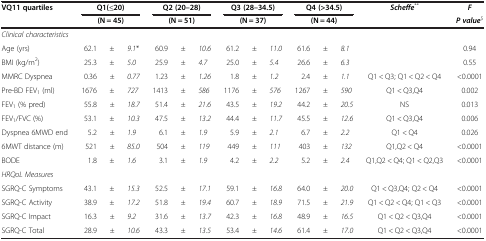
<table><thead><tr><td><b>VQ11 quartiles</b></td><td colspan="3"><b>Q1(≤20)</b></td><td colspan="3"><b>Q2 (20–28)</b></td><td colspan="3"><b>Q3 (28–34.5)</b></td><td colspan="3"><b>Q4 (&gt;34.5)</b></td><td><b><i>Scheffe</i><sup>**</sup></b></td><td><b><i>F</i></b></td></tr><tr><td><b> </b></td><td colspan="3"><b>(N = 45)</b></td><td colspan="3"><b>(N = 51)</b></td><td colspan="3"><b>(N = 37)</b></td><td colspan="3"><b>(N = 44)</b></td><td><b> </b></td><td><b><i>P value</i><sup>$</sup></b></td></tr></thead><tbody><tr><td><i>Clinical characteristics</i></td><td> </td><td> </td><td> </td><td> </td><td> </td><td> </td><td> </td><td> </td><td> </td><td> </td><td> </td><td> </td><td> </td><td> </td></tr><tr><td>Age (yrs)</td><td>62.1</td><td>±</td><td><i>9.1</i>*</td><td>60.9</td><td>±</td><td><i>10.6</i></td><td>61.2</td><td>±</td><td><i>11.0</i></td><td>61.6</td><td>±</td><td><i>8.1</i></td><td> </td><td>0.94</td></tr><tr><td>BMI (kg/m<sup>2</sup>)</td><td>25.3</td><td>±</td><td><i>5.0</i></td><td>25.9</td><td>±</td><td><i>4.7</i></td><td>25.0</td><td>±</td><td><i>5.4</i></td><td>26.6</td><td>±</td><td><i>6.3</i></td><td> </td><td>0.55</td></tr><tr><td>MMRC Dyspnea</td><td>0.36</td><td>±</td><td><i>0.77</i></td><td>1.23</td><td>±</td><td><i>1.26</i></td><td>1.8</td><td>±</td><td><i>1.2</i></td><td>2.4</td><td>±</td><td><i>1.1</i></td><td>Q1 &lt; Q3; Q1 &lt; Q2 &lt; Q4</td><td>&lt;0.0001</td></tr><tr><td>Pre-BD FEV<sub>1</sub> (ml)</td><td>1676</td><td>±</td><td><i>727</i></td><td>1413</td><td>±</td><td><i>586</i></td><td>1176</td><td>±</td><td><i>576</i></td><td>1267</td><td>±</td><td><i>590</i></td><td>Q1 &lt; Q3,Q4</td><td>0.002</td></tr><tr><td>FEV<sub>1</sub> (% pred)</td><td>55.8</td><td>±</td><td><i>18.7</i></td><td>51.4</td><td>±</td><td><i>21.6</i></td><td>43.5</td><td>±</td><td><i>19.2</i></td><td>44.2</td><td>±</td><td><i>20.5</i></td><td>NS</td><td>0.013</td></tr><tr><td>FEV<sub>1</sub>/FVC (%)</td><td>53.1</td><td>±</td><td><i>10.3</i></td><td>47.5</td><td>±</td><td><i>13.2</i></td><td>44.4</td><td>±</td><td><i>11.7</i></td><td>45.5</td><td>±</td><td><i>12.6</i></td><td>Q1 &lt; Q3,Q4</td><td>0.006</td></tr><tr><td>Dyspnea 6MWD end</td><td>5.2</td><td>±</td><td><i>1.9</i></td><td>6.1</td><td>±</td><td><i>1.9</i></td><td>5.9</td><td>±</td><td><i>2.1</i></td><td>6.7</td><td>±</td><td><i>2.2</i></td><td>Q1 &lt; Q4</td><td>0.026</td></tr><tr><td>6MWT distance (m)</td><td>521</td><td>±</td><td><i>85.0</i></td><td>504</td><td>±</td><td><i>119</i></td><td>449</td><td>±</td><td><i>111</i></td><td>403</td><td>±</td><td><i>132</i></td><td>Q1,Q2 &lt; Q4</td><td>&lt;0.0001</td></tr><tr><td>BODE</td><td>1.8</td><td>±</td><td><i>1.6</i></td><td>3.1</td><td>±</td><td><i>1.9</i></td><td>4.2</td><td>±</td><td><i>2.2</i></td><td>5.2</td><td>±</td><td><i>2.4</i></td><td>Q1,Q2 &lt; Q4; Q1 &lt; Q2,Q3</td><td>&lt;0.0001</td></tr><tr><td><i>HRQoL Measures</i></td><td> </td><td> </td><td> </td><td> </td><td> </td><td> </td><td> </td><td> </td><td> </td><td> </td><td> </td><td> </td><td> </td><td> </td></tr><tr><td>SGRQ-C Symptoms</td><td>43.1</td><td>±</td><td><i>15.3</i></td><td>52.5</td><td>±</td><td><i>17.1</i></td><td>59.1</td><td>±</td><td><i>16.8</i></td><td>64.0</td><td>±</td><td><i>20.0</i></td><td>Q1 &lt; Q3,Q4; Q2 &lt; Q4</td><td>&lt;0.0001</td></tr><tr><td>SGRQ-C Activity</td><td>38.9</td><td>±</td><td><i>17.2</i></td><td>51.8</td><td>±</td><td><i>19.4</i></td><td>60.7</td><td>±</td><td><i>18.9</i></td><td>71.5</td><td>±</td><td><i>21.9</i></td><td>Q1 &lt; Q2 &lt; Q4; Q1 &lt; Q3</td><td>&lt;0.0001</td></tr><tr><td>SGRQ-C Impact</td><td>16.3</td><td>±</td><td><i>9.2</i></td><td>31.6</td><td>±</td><td><i>13.7</i></td><td>42.3</td><td>±</td><td><i>16.8</i></td><td>48.9</td><td>±</td><td><i>16.5</i></td><td>Q1 &lt; Q2 &lt; Q3,Q4</td><td>&lt;0.0001</td></tr><tr><td>SGRQ-C Total</td><td>28.9</td><td>±</td><td><i>10.6</i></td><td>43.3</td><td>±</td><td><i>13.5</i></td><td>53.4</td><td>±</td><td><i>14.6</i></td><td>61.4</td><td>±</td><td><i>17.0</i></td><td>Q1 &lt; Q2 &lt; Q3,Q4</td><td>&lt;0.0001</td></tr></tbody></table>